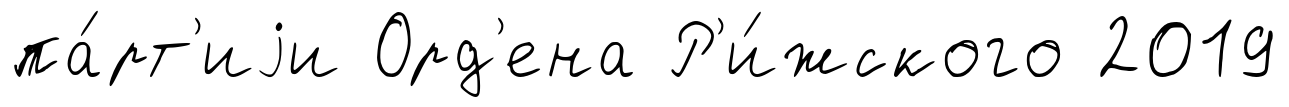
па́рт'иjи Орд'ена Р'и́жского 2019